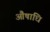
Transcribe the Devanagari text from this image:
औषाधि